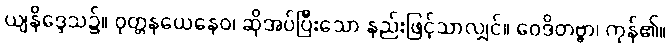
ယျနိဒ္ဒေသ၌။ ဝုတ္တနယေနေဝ၊ ဆိုအပ်ပြီးသော နည်းဖြင့်သာလျှင်။ ဝေဒိတဗ္ဗာ၊ ကုန်၏။